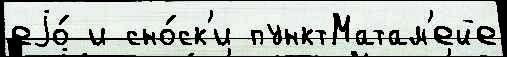
еjо́ и сно́ск'и пунктМатам'ейе